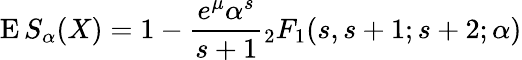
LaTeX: \operatorname{E}S_{\alpha}(X)=1-{\frac{e^{\mu}\alpha^{s}}{s+1}}{_{2}F_{1}}(s,s+1;s+2;\alpha)